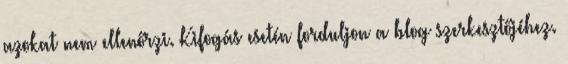
azokat nem ellenőrzi. Kifogás esetén forduljon a blog szerkesztőjéhez.